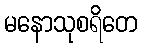
မနောသုစရိတေ